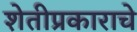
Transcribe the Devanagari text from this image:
शेतीप्रकाराचे